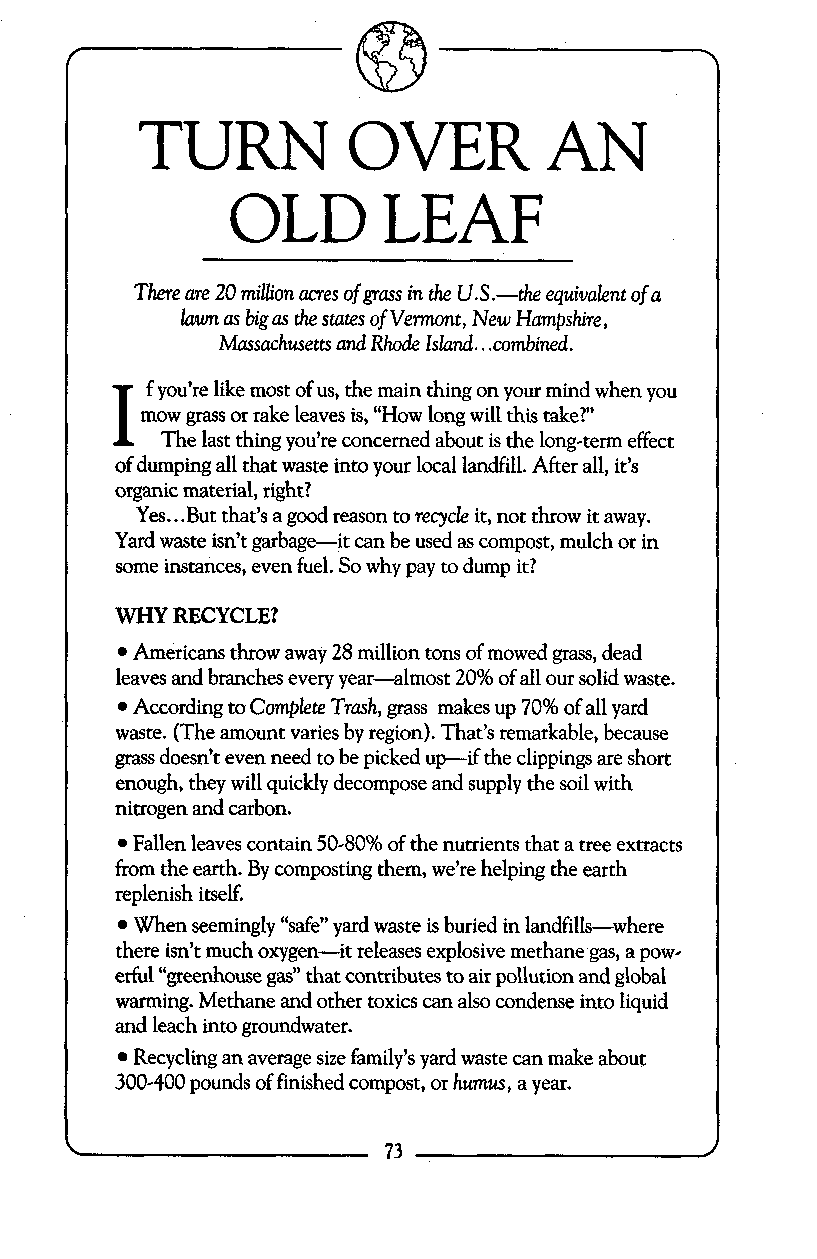
TURN          OVER         AN
 OLD       LEAF
 There are 20 miUion acres of @ass in the US.-the equivulent of a
 hwn as big as the states of Vermont, New Humfishire,
 Massachusetts and Rho& Island.. .combined.
 I  f you’re like most of us, the main thing on your mind when you
 mow grass or rake leaves is, “How long will this take?”
 The last thing you’re concerned about is the long-term effect
 of dumping all that waste into your local landfill. After all, it’s
 organic material, right?
 Yes...But that’s a good reason to recycle it, not throw it away.
 Yard waste isn’t garbag-it can be used as compost, mulch or in
 some instances, even fuel. So why pay to dump it?
 WHY RECYCLE?
 Americans throw away 28 million tons of mowed grass, dead
 leaves and branches every year-almost 20% of all our solid waste.
 According to Complete Trash, grass makes up 70% of all yard
 waste. (The amount varies by region). That’s remarkable, because
 grass doesn’t even need to be picked up-if the clippings are short
 enough, they will quickly decompose and supply the soil with
 nitrogen and carbon.
 Fallen leaves contain 50-80% of the nutrients that a tree extracts
 from the earth. By composting them, we’re helping the earth
 replenish itself.
 When seemingly “safe” yard waste is buried in landfills-where
 there isn’t much oxygen-it releases explosive methane gas, a pow-
 erful “greenhouseg as” that contributes to air pollution and global
 warming. Methane and other toxics can also condense into liquid
 and leach into groundwater.
 Recycling an average size family’s yard waste can make about
 300-400 pounds of finished compost, or humus, a year.
 73